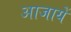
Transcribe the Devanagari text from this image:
आजायें